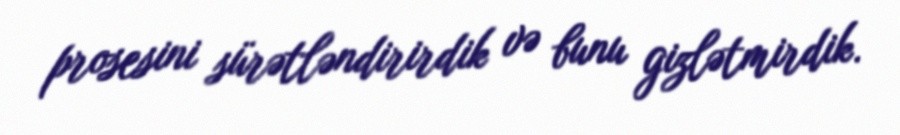
prosesini sürətləndirirdik və bunu gizlətmirdik.